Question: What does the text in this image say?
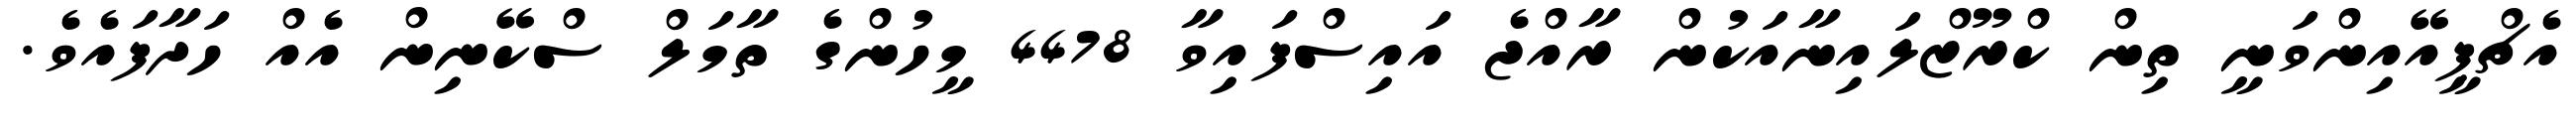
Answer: އެޗްޕީއޭއިންވަނީ ތިން ކްރޫޒްލައިނާއަކުން ރާއްޖެ އައިސްފައިވާ 4478 މީހުންގެ ތާމަލް ސްކޭނިން އެއް ހަދާފައެވެ.